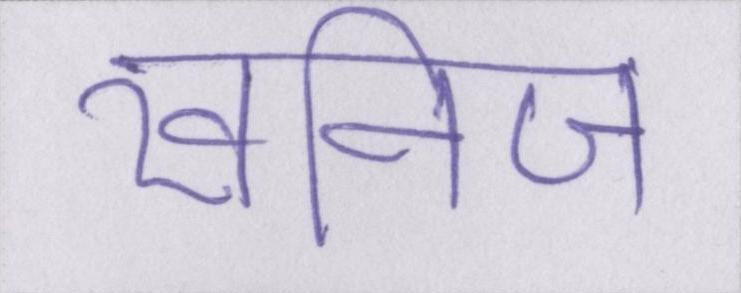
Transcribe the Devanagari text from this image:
खनिज